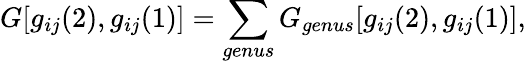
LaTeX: G[g_{ij}(2),g_{ij}(1)]=\sum_{genus}G_{genus}[g_{ij}(2),g_{ij}(1)],